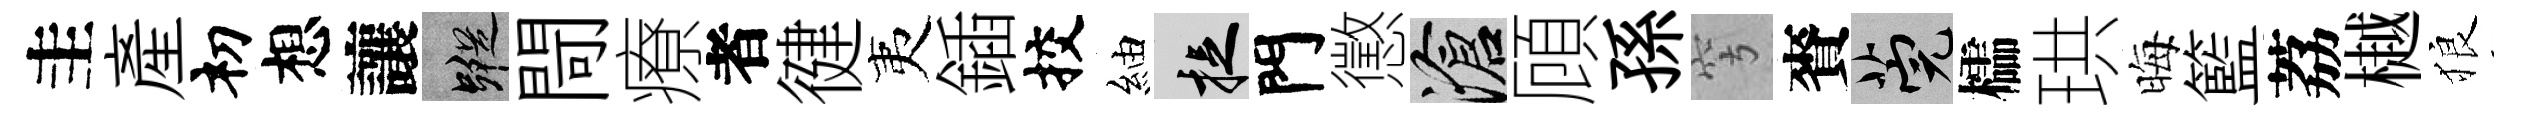
圭産𥘉想讓蹤閜療者徤夷鍤挍紬捉門懲滄頋孫穹賚筦櫺珙晦籃荔樾狼